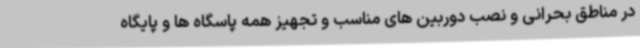
در مناطق بحرانی و نصب دوربین های مناسب و تجهیز همه پاسگاه ها و پایگاه